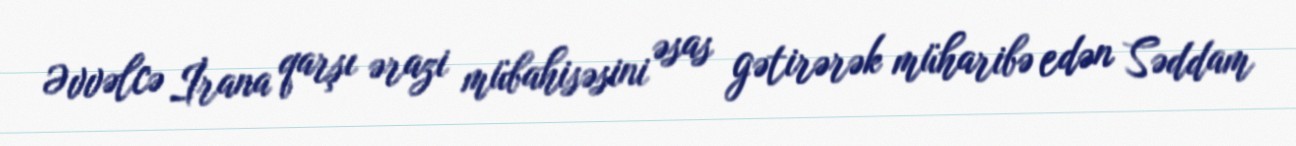
Əvvəlcə İrana qarşı ərazi mübahisəsini əsas gətirərək müharibə edən Səddam